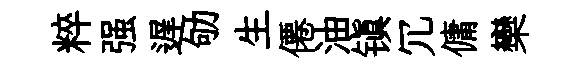
粹强遅劬生僊油镇冗傭欒